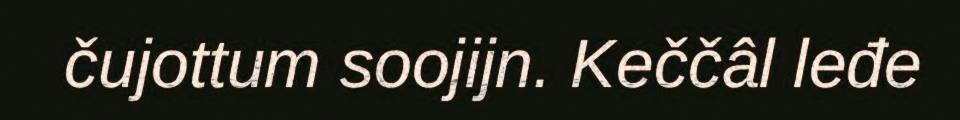
čujottum soojijn. Keččâl leđe